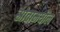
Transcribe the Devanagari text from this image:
स्रोतामधील